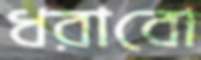
ধরাবো